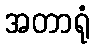
အတာရုံ